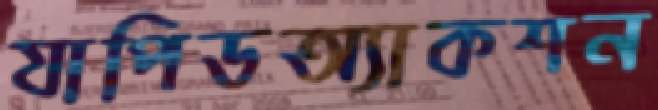
যাপিডঅ্যাকশন